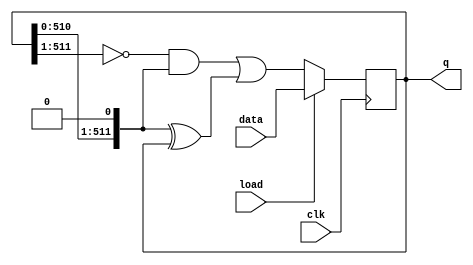
module top_module(
    input clk,
    input load,
    input [511:0] data,
    output [511:0] q
); 
    
    always@(posedge clk)
        if(load)
            q <= data;
    	else
        	q <= ~{1'b0 , q[511:1]} & {q[510:0],1'b0} | {q[510:0],1'b0} ^ q;
endmodule